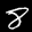
Label: 8